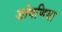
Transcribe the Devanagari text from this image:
जोगणिया